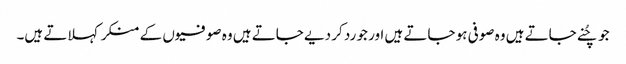
جو چُنے جاتے ہیں وہ صوفی ہو جاتے ہیں اور جو رد کر دیے جاتے ہیں وہ صوفیوں کے منکر کہلاتے ہیں۔